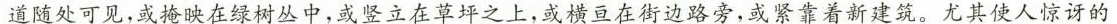
道随处可见，或掩映在绿树丛中，或竖立在草坪之上，或横亘在街边路旁，或紧靠着新建筑。尤其使人惊讶的